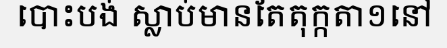
បោះបង់ ស្លាប់មានតែតុក្កតា១នៅ